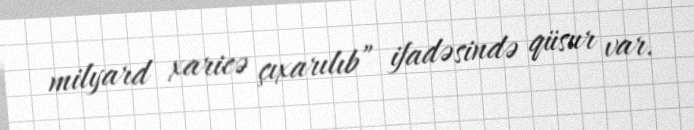
milyard xaricə çıxarılıb” ifadəsində qüsur var.